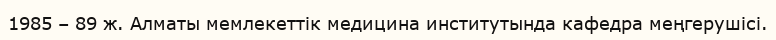
1985 – 89 ж. Алматы мемлекеттік медицина институтында кафедра меңгерушісі.